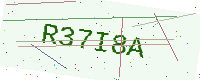
Text: R37I8A